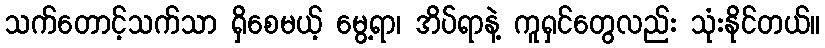
သက်တောင့်သက်သာ ရှိစေမယ့် မွေ့ရာ၊ အိပ်ရာနဲ့ ကူရှင်တွေလည်း သုံးနိုင်တယ်။